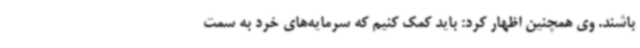
باشند. وی همچنین اظهار کرد: باید کمک کنیم که سرمایه‌های خرد به سمت